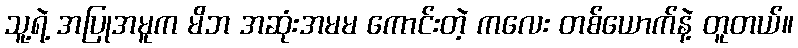
သူ့ရဲ့ အပြုအမူက မိဘ အဆုံးအမမ ကောင်းတဲ့ ကလေး တစ်ယောက်နဲ့ တူတယ်။